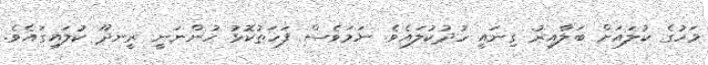
މަހުގެ ކުލައަށް ބަލާއިރު ގިނައީ ހުދުކުލައެވެ. ނަމަވެސް ފަހަތުކޮޅު ހުންނަނީ ރީނދޫ ކުލައިގައެވެ.